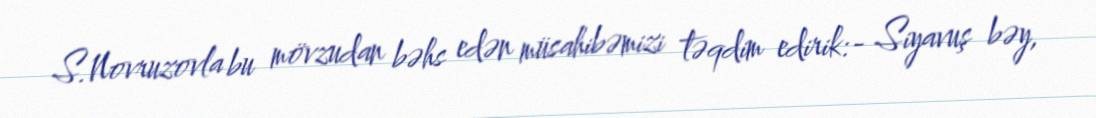
S.Novruzovla bu mövzudan bəhs edən müsahibəmizi təqdim edirik:- Siyavuş bəy,